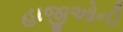
હાજીઓની